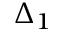
\Delta _ { 1 }